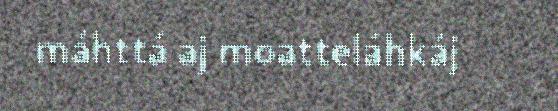
máhttá aj moatteláhkáj